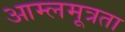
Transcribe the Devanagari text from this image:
आम्लमूत्रता